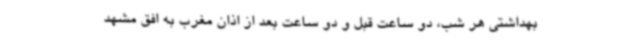
بهداشتی هر شب، دو ساعت قبل و دو ساعت بعد از اذان مغرب به افق مشهد